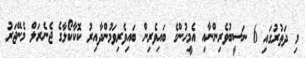
މި ދަތުރުގައި 6 ނަސީބުވެރިންނާއި އެމީހުންގެ ބައިވެރިން ބައިވެރިވަމުންދާއިރު ކޮކާކޯލާގެ ޖެނެރަލް މެނޭޖަރު